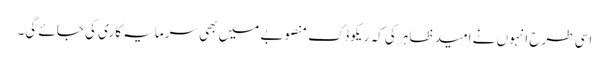
اسی طرح انہوں نے امید ظاہر کی کہ ریکوڈک منصوبے میں بھی سرمایہ کاری کی جائے گی۔